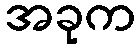
အခုက